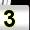
Digit: 3